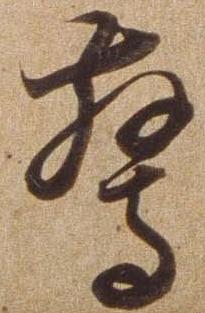
驚